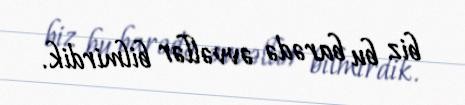
biz bu barədə əvvəllər bilmirdik.